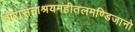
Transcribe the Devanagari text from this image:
वीरासनाश्रयमहीतलमण्डिजानो